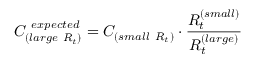
C _ { ( l a r g e ~ R _ { t } ) } ^ { ~ e x p e c t e d } = C _ { ( s m a l l ~ R _ { t } ) } \cdot \frac { R _ { t } ^ { ( s m a l l ) } } { R _ { t } ^ { ( l a r g e ) } }